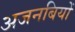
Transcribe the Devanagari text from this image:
अजनबियों